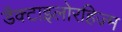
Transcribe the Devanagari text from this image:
डैक्टाइलोरहिज्म